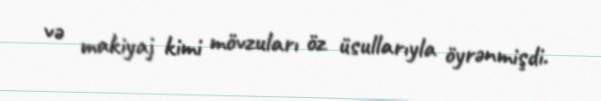
və makiyaj kimi mövzuları öz üsullarıyla öyrənmişdi.